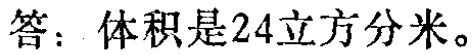
答：体积是24立方分米。